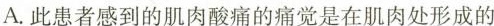
A.此患者感到的肌肉酸痛的痛觉是在肌肉处形成的